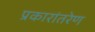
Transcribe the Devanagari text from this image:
प्रकारांतरेण